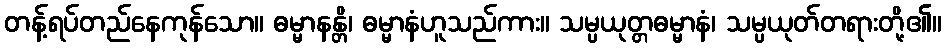
တန့်ရပ်တည်နေကုန်သော။ ဓမ္မာနန္တိ၊ ဓမ္မာနံဟူသည်ကား။ သမ္ပယုတ္တဓမ္မာနံ၊ သမ္ပယုတ်တရားတို့၏။